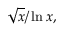
{ \sqrt { x } } / \ln x ,